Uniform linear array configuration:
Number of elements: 4
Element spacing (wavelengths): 0.5
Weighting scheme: kaiser
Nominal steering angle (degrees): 60
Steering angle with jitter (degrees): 59.692
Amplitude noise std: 0.05
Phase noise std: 0.05

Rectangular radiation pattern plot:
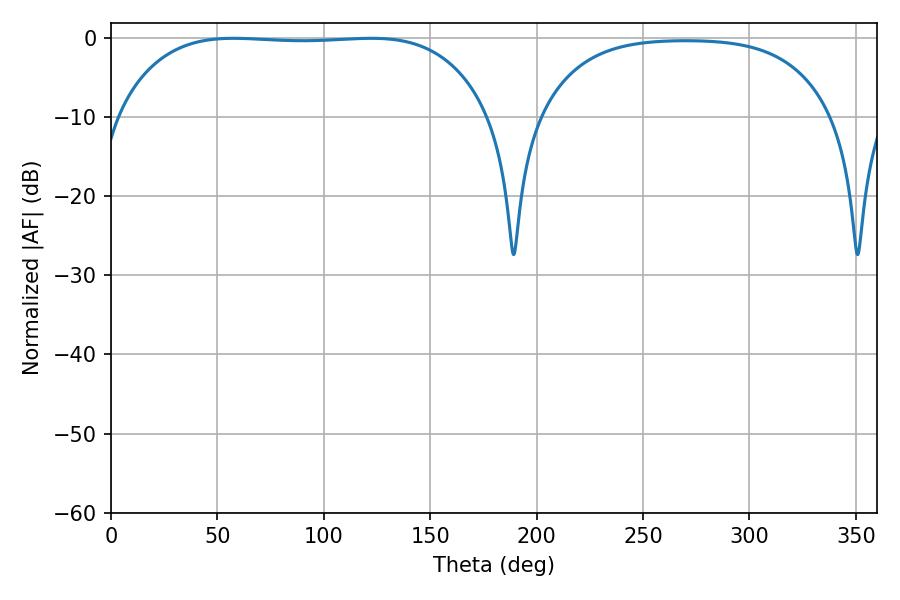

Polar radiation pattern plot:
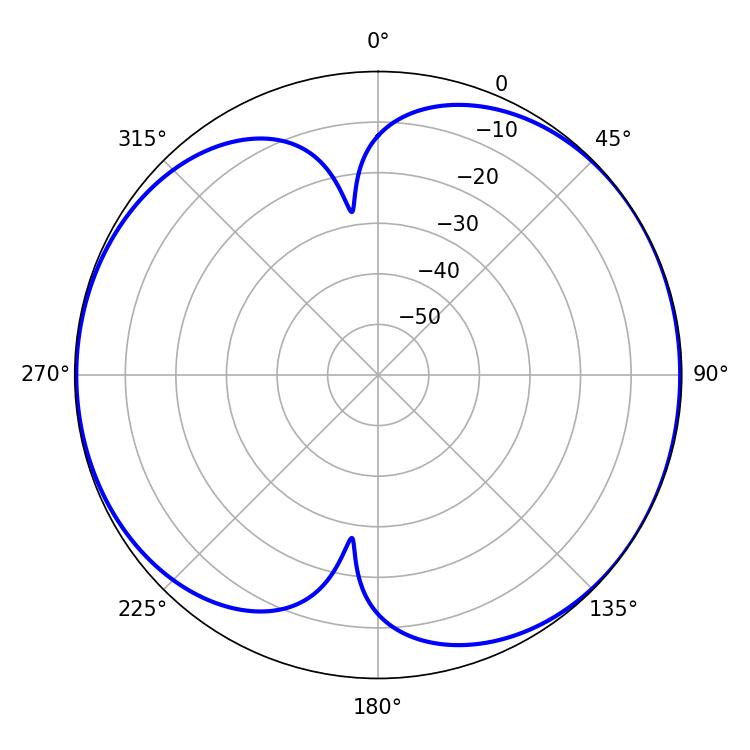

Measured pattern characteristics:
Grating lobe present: FALSE
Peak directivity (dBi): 6.532
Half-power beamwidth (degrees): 136.8
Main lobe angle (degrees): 57.6